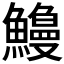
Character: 𫙿